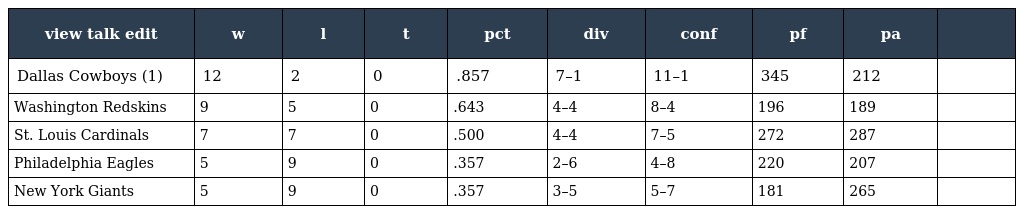
| view talk edit | w | l | t | pct | div | conf | pf | pa |  |
 | --- | --- | --- | --- | --- | --- | --- | --- | --- | --- |
 | Dallas Cowboys (1) | 12 | 2 | 0 | .857 | 7–1 | 11–1 | 345 | 212 |  |
 | Washington Redskins | 9 | 5 | 0 | .643 | 4–4 | 8–4 | 196 | 189 |  |
 | St. Louis Cardinals | 7 | 7 | 0 | .500 | 4–4 | 7–5 | 272 | 287 |  |
 | Philadelphia Eagles | 5 | 9 | 0 | .357 | 2–6 | 4–8 | 220 | 207 |  |
 | New York Giants | 5 | 9 | 0 | .357 | 3–5 | 5–7 | 181 | 265 |  |